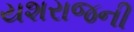
યશરાજની